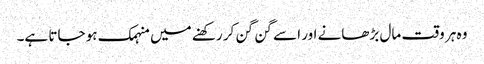
وہ ہر وقت مال بڑھانے اور اسے گن گن کر رکھنے میں منہمک ہو جاتا ہے۔